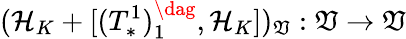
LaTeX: (\mathcal{H}_{K}+[(T_{*}^{1})_{1}^{\dag},\mathcal{H}_{K}])_{\mathfrak{V}}:\mathfrak{V}\to\mathfrak{V}